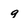
Character: 9